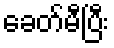
ခေတ်မီပြီး